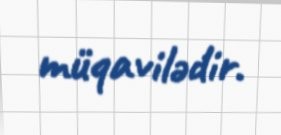
müqavilədir.